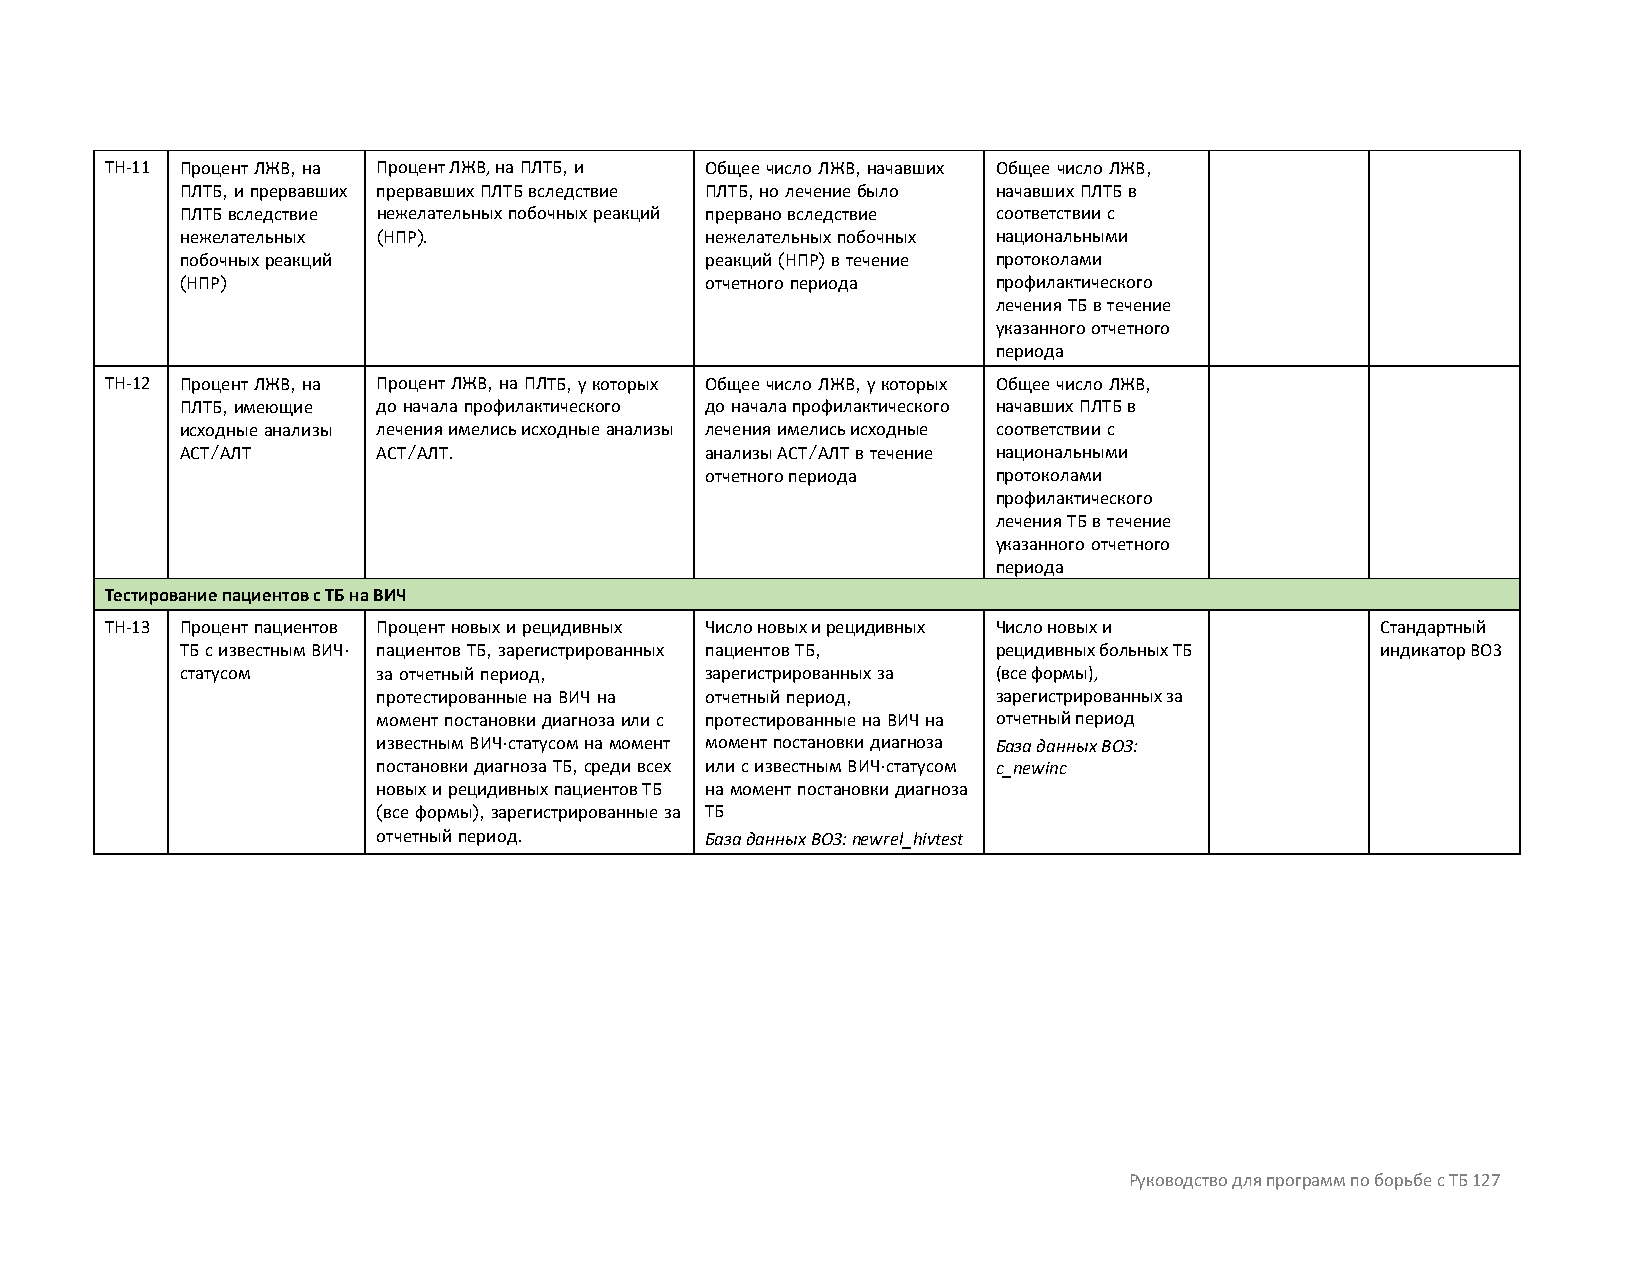
TH-11 Процент ЛЖВ, на Процент ЛЖВ, на ПЛТБ, и Общее число ЛЖВ, начавших Общее число ЛЖВ,
 ПЛТБ, и прервавших прервавших ПЛТБ вследствие ПЛТБ, но лечение было начавших ПЛТБ в
 ПЛТБ вследствие нежелательных побочных реакций прервано вследствие соответствии с
 нежелательных (НПР).               нежелательных побочных национальными
 побочных реакций                   реакций (НПР) в течение протоколами
 (НПР)                              отчетного периода  профилактического
 лечения ТБ в течение
 указанного отчетного
 периода
 TH-12 Процент ЛЖВ, на Процент ЛЖВ, на ПЛТБ, у которых Общее число ЛЖВ, у которых Общее число ЛЖВ,
 ПЛТБ, имеющие до начала профилактического до начала профилактического начавших ПЛТБ в
 исходные анализы лечения имелись исходные анализы лечения имелись исходные соответствии с
 АСТ/АЛТ      АСТ/АЛТ.              анализы АСТ/АЛТ в течение национальными
 отчетного периода  протоколами
 профилактического
 лечения ТБ в течение
 указанного отчетного
 периода
 Тестирование пациентов с ТБ на ВИЧ
 TH-13 Процент пациентов Процент новых и рецидивных Число новых и рецидивных Число новых и Стандартный
 ТБ с известным ВИЧ- пациентов ТБ, зарегистрированных пациентов ТБ, рецидивных больных ТБ индикатор ВОЗ
 статусом     за отчетный период,   зарегистрированных за (все формы),
 протестированные на ВИЧ на отчетный период, зарегистрированных за
 момент постановки диагноза или с протестированные на ВИЧ на отчетный период
 известным ВИЧ-статусом на момент момент постановки диагноза База данных ВОЗ:
 постановки диагноза ТБ, среди всех или с известным ВИЧ-статусом c_newinc
 новых и рецидивных пациентов ТБ на момент постановки диагноза
 (все формы), зарегистрированные за ТБ
 отчетный период.      База данных ВОЗ: newrel_hivtest
 Руководство для программ по борьбе с ТБ 127